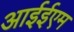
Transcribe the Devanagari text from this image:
आईईएम